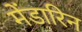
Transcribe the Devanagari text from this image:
मेंडारिन